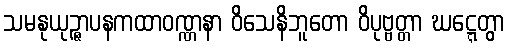
သမနုယုဉ္ဇာပနကထာဝဏ္ဏနာ ဝိသေနိဘူတော ဝိပုဗ္ဗတ္တာ ဃဋ္ဋေတွာ